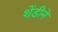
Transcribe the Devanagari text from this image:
शेंडीने